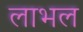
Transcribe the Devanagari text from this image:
लाभल